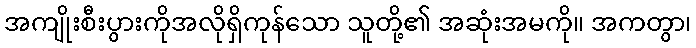
အကျိုးစီးပွားကိုအလိုရှိကုန်သော သူတို့၏ အဆုံးအမကို။ အကတွာ၊